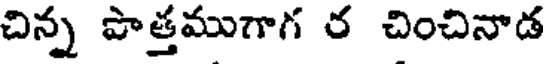
చిన్న పొత్తముగాగ ర చించినాడ